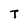
Character: t